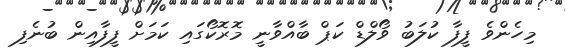
މިހެންވެ ފީފާ ކުލަބު ވޯލްޑް ކަޕް ބާއްވާނީ މޮރޮކޯގައި ކަމަށް ފީފާއިން ބުނެފި